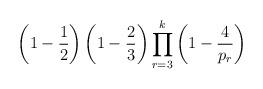
LaTeX: \begin{align*} \left(1-\frac{1}{2}\right)\left(1-\frac{2}{3}\right)\prod_{r=3}^k\left(1-\frac{4}{p_r}\right)\end{align*}